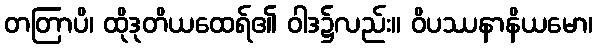
တတြာပိ၊ ထိုဒုတိယထေရ်၏ ဝါဒ၌လည်း။ ဝိပဿနာနိယမော၊